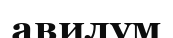
авилум